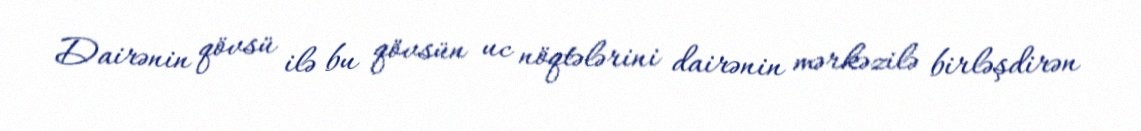
Dairənin qövsü ilə bu qövsün uc nöqtələrini dairənin mərkəzilə birləşdirən